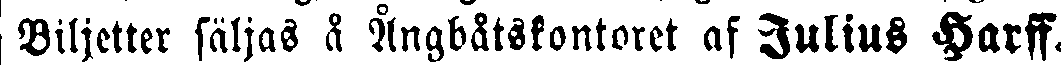
Biljetter säljas å Ångbåtskontoret af Julius Harff.